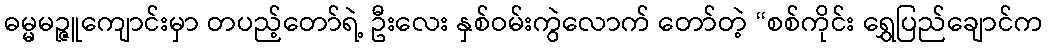
ဓမ္မမဉ္ဇူကျောင်းမှာ တပည့်တော်ရဲ့ ဦးလေး နှစ်ဝမ်းကွဲလောက် တော်တဲ့ “စစ်ကိုင်း ရွှေပြည်ချောင်က